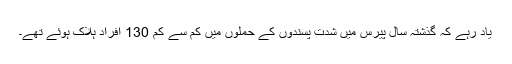
یاد رہے کہ گذشتہ سال پیرس میں شدت پسندوں کے حملوں میں کم سے کم 130 افراد ہلاک ہوئے تھے۔